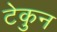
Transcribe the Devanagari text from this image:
टेकुन